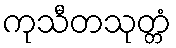
ကုသီတသုတ္တံ